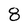
Character: 8